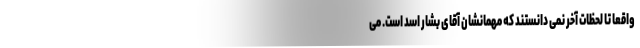
واقعا تا لحظات آخر نمی دانستند که مهمانشان آقای بشار اسد است. می